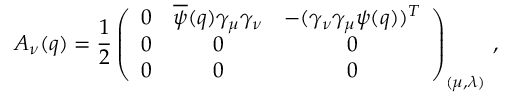
A _ { \nu } ( q ) = \frac { 1 } { 2 } \left( \begin{array} { c c c } { { 0 } } & { { \overline { { \psi } } ( q ) \gamma _ { \mu } \gamma _ { \nu } } } & { { - ( \gamma _ { \nu } \gamma _ { \mu } \psi ( q ) ) ^ { T } } } \\ { { 0 } } & { { 0 } } & { { 0 } } \\ { { 0 } } & { { 0 } } & { { 0 } } \end{array} \right) _ { ( \mu , \lambda ) } \, ,